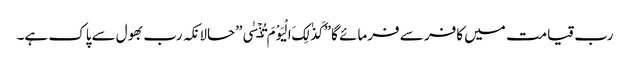
رب قیامت میں کافر سے فرمائے گا”کَذٰلِکَ الْیَوْمَ تُنۡسٰی”حالانکہ رب بھول سےپاک ہے۔